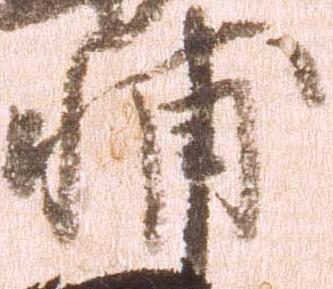
輔